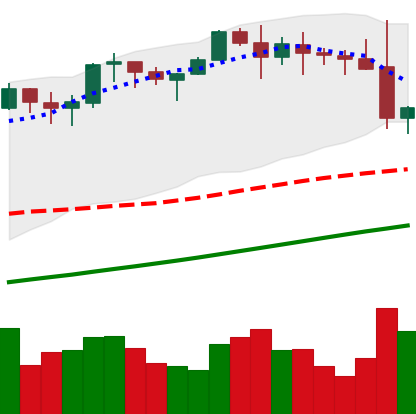
Ticker: ETH-USD
Chart end date: 2021-11-17
Forward return: -4.644%
Label: down_3_5